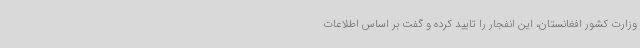
وزارت کشور افغانستان، این انفجار را تایید کرده و گفت بر اساس اطلاعات